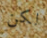
لكن